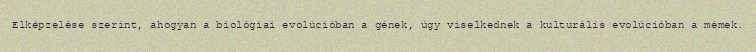
Elképzelése szerint, ahogyan a biológiai evolúcióban a gének, úgy viselkednek a kulturális evolúcióban a mémek.